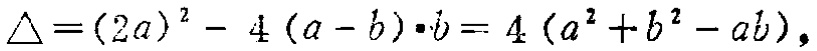
\(\triangle=(2a)^{2}-4(a - b)\cdot b = 4(a^{2}+b^{2}-ab)\)